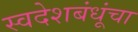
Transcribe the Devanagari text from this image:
स्वदेशबंधूंचा